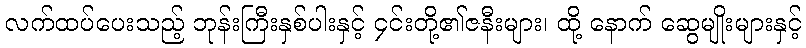
လက်ထပ်ပေးသည့် ဘုန်းကြီးနှစ်ပါးနှင့် ၄င်းတို့၏ဇနီးများ၊ ထို့ နောက် ဆွေမျိုးများနှင့်